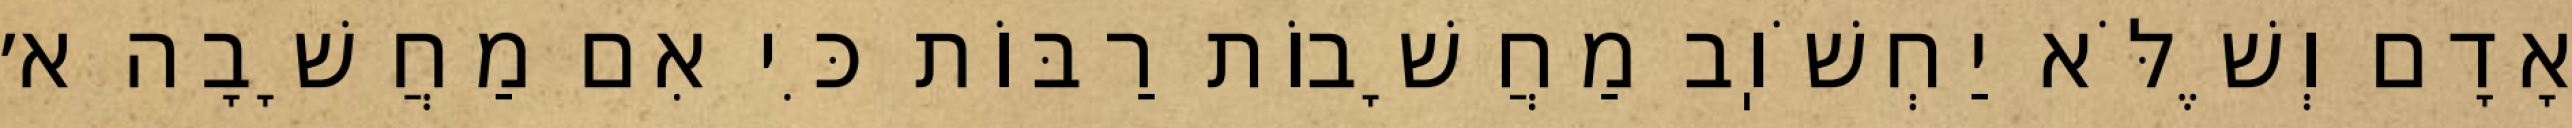
אָדָם וְשֶׁלֹּא יַחְשֹׁוֽב מַחֲשָׁבוֹת רַבּוֹת כִּי אִם מַחֲשָׁבָה א׳